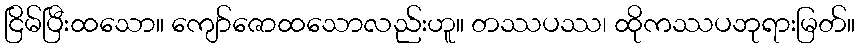
ငြိမ်ပြီးထသော။ ကျော်ဇောထသောလည်းဟူ။ တဿပဿ၊ ထိုကဿပဘုရားမြတ်။